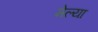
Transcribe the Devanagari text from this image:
मेल्‍या